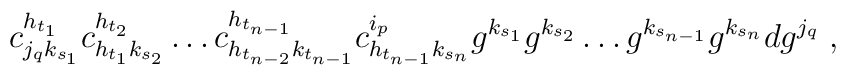
c_{j_{ q} k_{{s}_1}}^{h_{{t}_1}} c_{h_{{t}_1}k_{{s}_2}}^{h_{{t}_2}} \ldots        c_{h_{{t}_{n-2}} k_{{t}_{n-1}}}^{h_{{t}_{n-1}}}c_{h_{{t}_{n-1}} k_{{s}_n}}^{i_{ p}} g^{k_{{s}_1}} g^{k_{{s}_2}}\ldots g^{k_{{s}_{n-1}}}        g^{k_{{s}_n}} dg^{j_{ q}} \; ,